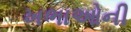
ખભાઓની